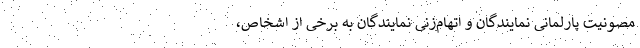
مصونیت پارلمانی نمایندگان و اتهام‌زنی نمایندگان به برخی از اشخاص،